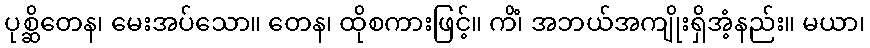
ပုစ္ဆိတေန၊ မေးအပ်သော။ တေန၊ ထိုစကားဖြင့်။ ကိံ၊ အဘယ်အကျိုးရှိအံ့နည်း။ မယာ၊